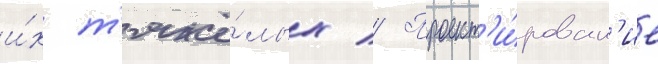
и́х т'яжё́лых // Проект'и́рован'ие